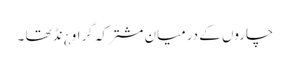
چاروں کے درمیان مشترکہ گراو ¿نڈ تھا ۔